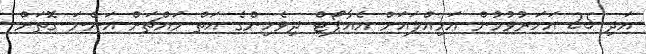
އަދި 25 އަހަރުވުމުން އަމިއްލައަށް އެއާޕޯޓް ދިވެހިންގެ އަތް މައްޗަށް އަންނަ ގޮތަށް